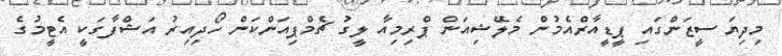
މިދިޔަ ސީޒަންގައި ޕީޑީއާރްއެމުން މެލޭޝިއަން ޕްރިމިއާ ލީގު ޗެމްޕިއަންކަން ހޯދިއިރު އަޝްފާގަކީ އެޓީމުގެ